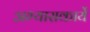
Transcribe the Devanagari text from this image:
अभ्यासकार्ये